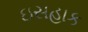
ઇસહાક